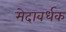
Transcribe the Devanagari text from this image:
मेदावर्धक